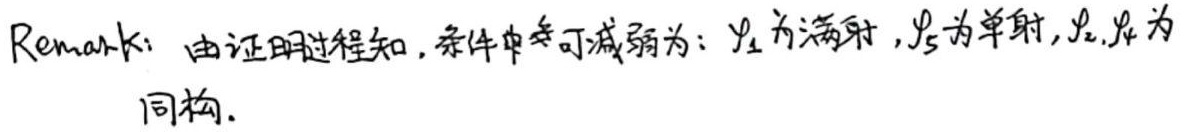
Remark: 由证明过程知, 条件中  可减弱为: $\varphi_1$ 为满射, $\varphi_3$ 为单射, $\varphi_2,\varphi_4$ 为同构.